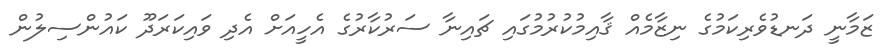
ޒަމާނީ ދަނޑުވެރިކަމުގެ ނިޒާމެއް ޤާއިމުކުރުމުގައި ޗައިނާ ސަރުކާރުގެ އެހީއަށް އެދި ވައިކަރަދޫ ކައުންސިލުން